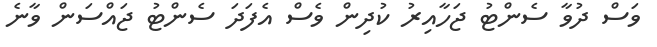
ވަސް ދުވާ ސެންޓު ޖަހާއިރު ކުދިން ވެސް އެފަދަ ސެންޓު ޖައްސަން ވާނެ